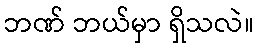
ဘဏ် ဘယ်မှာ ရှိသလဲ။